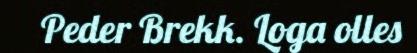
Peder Brekk. Loga olles